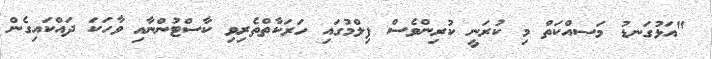
"އަޅުގަނޑު މަސއްކަތް މި ކުރަނީ ކުރިންވެސް ފިލްމުގައި ހަރަކާތްތެރިވި ކާސްޓުންނާއި ވާހަކަ ދައްކައިގެން